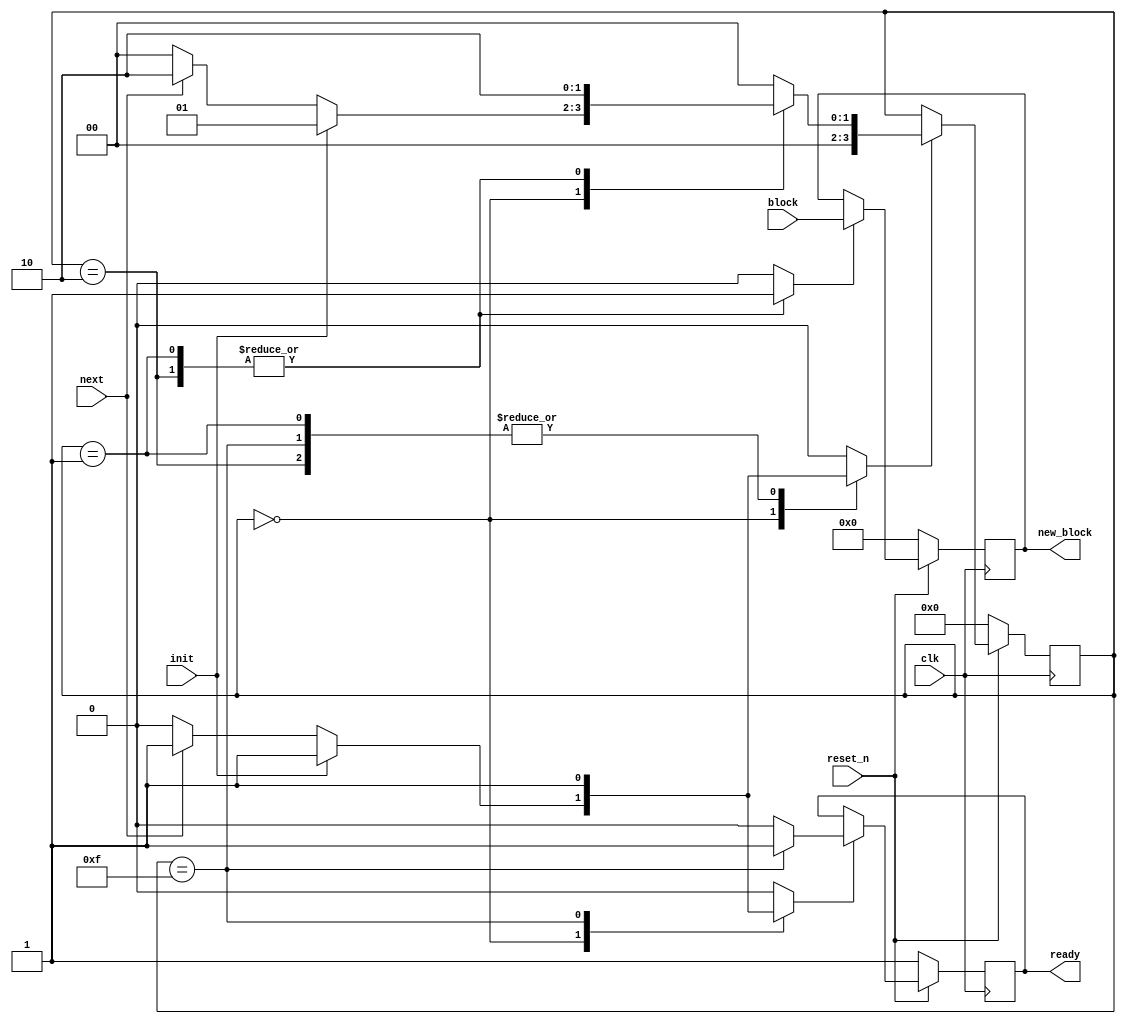
//======================================================================
//
// gimli_core.v
// -------------
// Verilog 2001 implementation of the SHA-256 hash function.
// This is the internal core with wide interfaces.
//
//
// Copyright (c) 2013, Secworks Sweden AB
// All rights reserved.
//
// Redistribution and use in source and binary forms, with or
// without modification, are permitted provided that the following
// conditions are met:
//
// 1. Redistributions of source code must retain the above copyright
//    notice, this list of conditions and the following disclaimer.
//
// 2. Redistributions in binary form must reproduce the above copyright
//    notice, this list of conditions and the following disclaimer in
//    the documentation and/or other materials provided with the
//    distribution.
//
// THIS SOFTWARE IS PROVIDED BY THE COPYRIGHT HOLDERS AND CONTRIBUTORS
// "AS IS" AND ANY EXPRESS OR IMPLIED WARRANTIES, INCLUDING, BUT NOT
// LIMITED TO, THE IMPLIED WARRANTIES OF MERCHANTABILITY AND FITNESS
// FOR A PARTICULAR PURPOSE ARE DISCLAIMED. IN NO EVENT SHALL THE
// COPYRIGHT OWNER OR CONTRIBUTORS BE LIABLE FOR ANY DIRECT, INDIRECT,
// INCIDENTAL, SPECIAL, EXEMPLARY, OR CONSEQUENTIAL DAMAGES (INCLUDING,
// BUT NOT LIMITED TO, PROCUREMENT OF SUBSTITUTE GOODS OR SERVICES;
// LOSS OF USE, DATA, OR PROFITS; OR BUSINESS INTERRUPTION) HOWEVER
// CAUSED AND ON ANY THEORY OF LIABILITY, WHETHER IN CONTRACT,
// STRICT LIABILITY, OR TORT (INCLUDING NEGLIGENCE OR OTHERWISE)
// ARISING IN ANY WAY OUT OF THE USE OF THIS SOFTWARE, EVEN IF
// ADVISED OF THE POSSIBILITY OF SUCH DAMAGE.
//
//======================================================================

`default_nettype none

module gimli_core(
                   input wire            clk,
                   input wire            reset_n,

                   input wire            init,
                   input wire            next,

                   input wire [383 : 0]  block,

                   output wire [383 : 0] new_block,
                   output wire           ready
                  );


  //----------------------------------------------------------------
  // Internal constant and parameter definitions.
  //----------------------------------------------------------------
  localparam CTRL_IDLE   = 0;
  localparam CTRL_INIT   = 1;
  localparam CTRL_NEXT   = 2;
  localparam CTRL_ROUNDS = 2;
  localparam CTRL_DONE   = 15;

  localparam NUM_ROUNDS = 5'd24;


  //----------------------------------------------------------------
  // Registers including update variables and write enable.
  //----------------------------------------------------------------
  reg [383 : 0] block_reg;
  reg [383 : 0] block_new;
  reg           block_we;

  reg [4 : 0] round_ctr_reg;
  reg [4 : 0] round_ctr_new;
  reg         round_ctr_dec;
  reg         round_ctr_set;
  reg         round_ctr_zero;
  reg         round_ctr_we;

  reg         ready_reg;
  reg         ready_new;
  reg         ready_we;

  reg [3 : 0] gimli_ctrl_reg;
  reg [3 : 0] gimli_ctrl_new;
  reg         gimli_ctrl_we;


  //----------------------------------------------------------------
  // Wires.
  //----------------------------------------------------------------


  //----------------------------------------------------------------
  // Concurrent connectivity for ports etc.
  //----------------------------------------------------------------
  assign ready     = ready_reg;
  assign new_block = block_reg;


  //----------------------------------------------------------------
  // reg_update
  //----------------------------------------------------------------
  always @ (posedge clk)
    begin : reg_update
      if (!reset_n) begin
	ready_reg      <= 1'h1;
	block_reg      <= 384'h0;
	round_ctr_reg  <= 5'h0;
	gimli_ctrl_reg <= CTRL_IDLE;
      end

      else begin
	if (ready_we) begin
	  ready_reg <= ready_new;
	end

	if (block_we) begin
	  block_reg <= block_new;
	end

	if (round_ctr_we) begin
	  round_ctr_reg <= round_ctr_new;
	end

	if (gimli_ctrl_we) begin
	  gimli_ctrl_reg <= gimli_ctrl_new;
	end
      end
    end // reg_update


  //----------------------------------------------------------------
  // round_ctr
  //----------------------------------------------------------------
  always @*
    begin : round_ctr
      round_ctr_new = 5'h0;
      round_ctr_we  = 1'h0;

      if (round_ctr_reg == 5'h0) begin
	round_ctr_zero = 1'h1;
      end else begin
	round_ctr_zero = 1'h0;
      end

      if (round_ctr_dec) begin
	round_ctr_new = round_ctr_reg - 1'h1;
	round_ctr_we  = 1'h1;
      end

      else if (round_ctr_set) begin
	round_ctr_new = NUM_ROUNDS;
	round_ctr_we  = 1'h1;
      end
    end


  //----------------------------------------------------------------
  // gimli_ctrl_fsm
  //----------------------------------------------------------------
  always @*
    begin : gimli_ctrl_fsm
      ready_new      = 1'h0;
      ready_we       = 1'h0;
      block_we       = 1'h0;
      round_ctr_dec  = 1'h0;
      round_ctr_set  = 1'h0;
      gimli_ctrl_new = CTRL_IDLE;
      gimli_ctrl_we  = 1'h0;

      block_new = block;

      case (gimli_ctrl_reg)
	CTRL_IDLE: begin
	  if (init) begin
	    ready_new      = 1'h0;
	    ready_we       = 1'h1;
	    gimli_ctrl_new = CTRL_INIT;
	    gimli_ctrl_we  = 1'h1;
	  end
	  else if (next) begin
	    ready_new      = 1'h0;
	    ready_we       = 1'h1;
	    gimli_ctrl_new = CTRL_NEXT;
	    gimli_ctrl_we  = 1'h1;
	  end
	end


	CTRL_INIT: begin
	  block_we       = 1'h1;
	  round_ctr_set  = 1'h1;
	  gimli_ctrl_new = CTRL_ROUNDS;
	  gimli_ctrl_we  = 1'h1;
	end


	CTRL_NEXT: begin
	  block_we       = 1'h1;
	  round_ctr_set  = 1'h1;
	  gimli_ctrl_new = CTRL_ROUNDS;
	  gimli_ctrl_we  = 1'h1;
	end


	CTRL_ROUNDS: begin
	  if (round_ctr_zero) begin
	    gimli_ctrl_new = CTRL_DONE;
	    gimli_ctrl_we  = 1'h1;
	  end else begin
	    round_ctr_dec  = 1'h1;
	  end
	end


	CTRL_DONE: begin
	  ready_new      = 1'h1;
	  ready_we       = 1'h1;
	  gimli_ctrl_new = CTRL_IDLE;
	  gimli_ctrl_we  = 1'h1;
	end


	default: begin
	end
      endcase // case (gimli_ctrl_ref)


    end // gimli_ctrl_fsm

endmodule // gimli_core

//======================================================================
// EOF gimli_core.v
//======================================================================